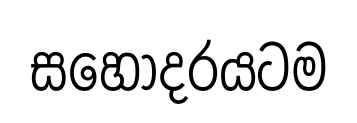
සහෝදරයටම